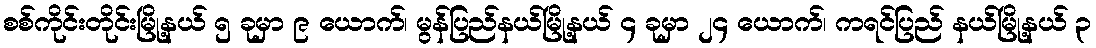
စစ်ကိုင်းတိုင်းမြို့နယ် ၅ ခုမှာ ၉ ယောက်၊ မွန်ပြည်နယ်မြို့နယ် ၄ ခုမှာ ၂၄ ယောက်၊ ကရင်ပြည် နယ်မြို့နယ် ၃